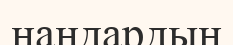
нандардың